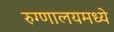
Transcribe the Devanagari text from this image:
रुग्णालयमध्ये